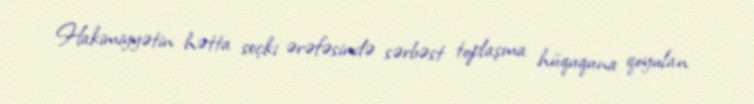
Hakimiyyətin hətta seçki ərəfəsində sərbəst toplaşma hüququna qoyulan